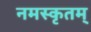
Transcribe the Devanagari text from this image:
नमस्कृतम्